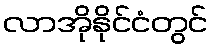
လာအိုနိုင်ငံတွင်